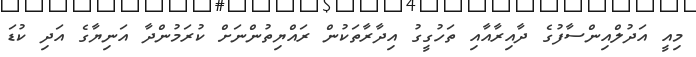
މިއީ އަދުލްއިންސާފުގެ ދާއިރާއާއި ތަހުގީގު އިދާރާތަކުން ރައްޔިތުންނަށް ކުރަމުންދާ އަނިޔާގެ އަދި ކުޑަ